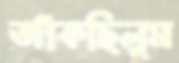
জাঁকছিলুম